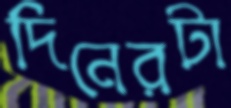
দিনেরটা